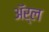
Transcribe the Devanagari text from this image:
अॅर्ल